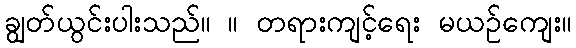
ချွတ်ယွင်းပါးသည်။ ။ တရားကျင့်ရေး မယဉ်ကျေး။